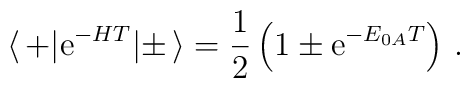
\langle\, + | {\rm e}^{-HT} | \pm \,\rangle= \frac{1}{2}\left(1 \pm {\rm e}^{-E_{0A}T}\right)\,.